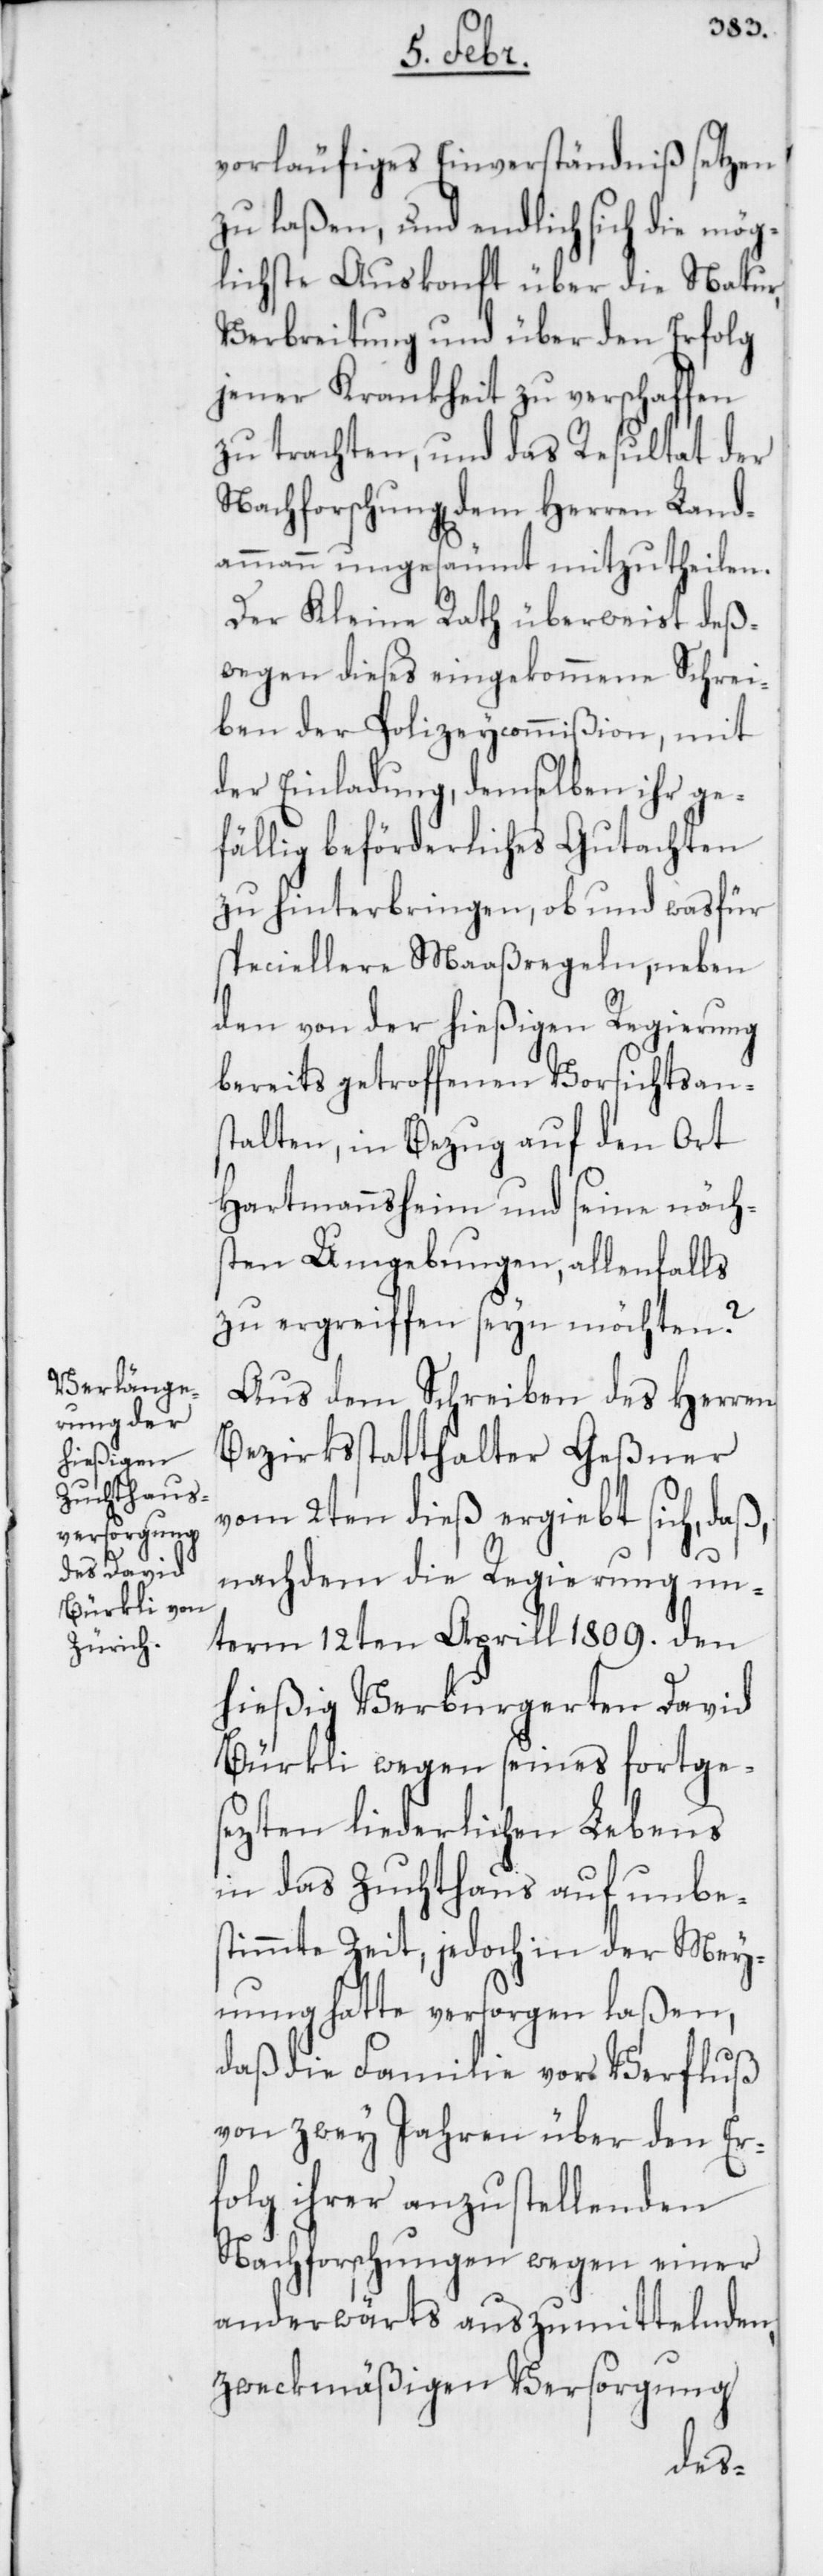
vorläufiges Einverständniß setzen
zu laßen, und endlich sich die mög¬
lichste Auskonft über die Natur,
Verbreitung und über den Erfolg
jener Krankheit zu verschaffen
zu trachten, und das Resultat der
Nachforschung dem Herren Land¬
ammann ungesäumt mitzutheilen.
Der Kleine Rath überweist deß¬
wegen dieses eingekommene Schrei¬
ben der Polizeycommißion, mit
der Einladung, demselben ihr ge¬
fällig beförderliches Gutachten
zu hinterbringen, ob und was für
speciellere Maaßregeln, neben
den von der hießigen Regierung
bereits getroffenen Vorsichtsans¬
talten, in Bezug auf den Ort
Hartmannsheim und seine näch¬
sten Umgebungen, allenfalls
zu ergreiffen seyn möchten?
Aus dem Schreiben des Herren
Bezirksstatthalter Geßner
vom 2ten dieß ergibt sich, daß,
nachdem die Regierung un¬
term 12ten Aprill 1809. den
hießig Verburgereten David
Bürkli wegen seines fortge¬
sezten liederlichen Lebens
in das Zuchthaus auf unbe¬
stimmte Zeit, jedoch in der Mey¬
nung hatte versorgen laßen,
daß die Familie vor Verfluß
von zwey Jahren über den Er¬
folg ihrer anzustellenden
Nachforschungen wegen einer
anderwärts auszumittelnden
zweckmäßigen Versorgung